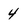
Character: 4